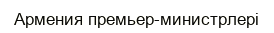
Армения премьер-министрлері